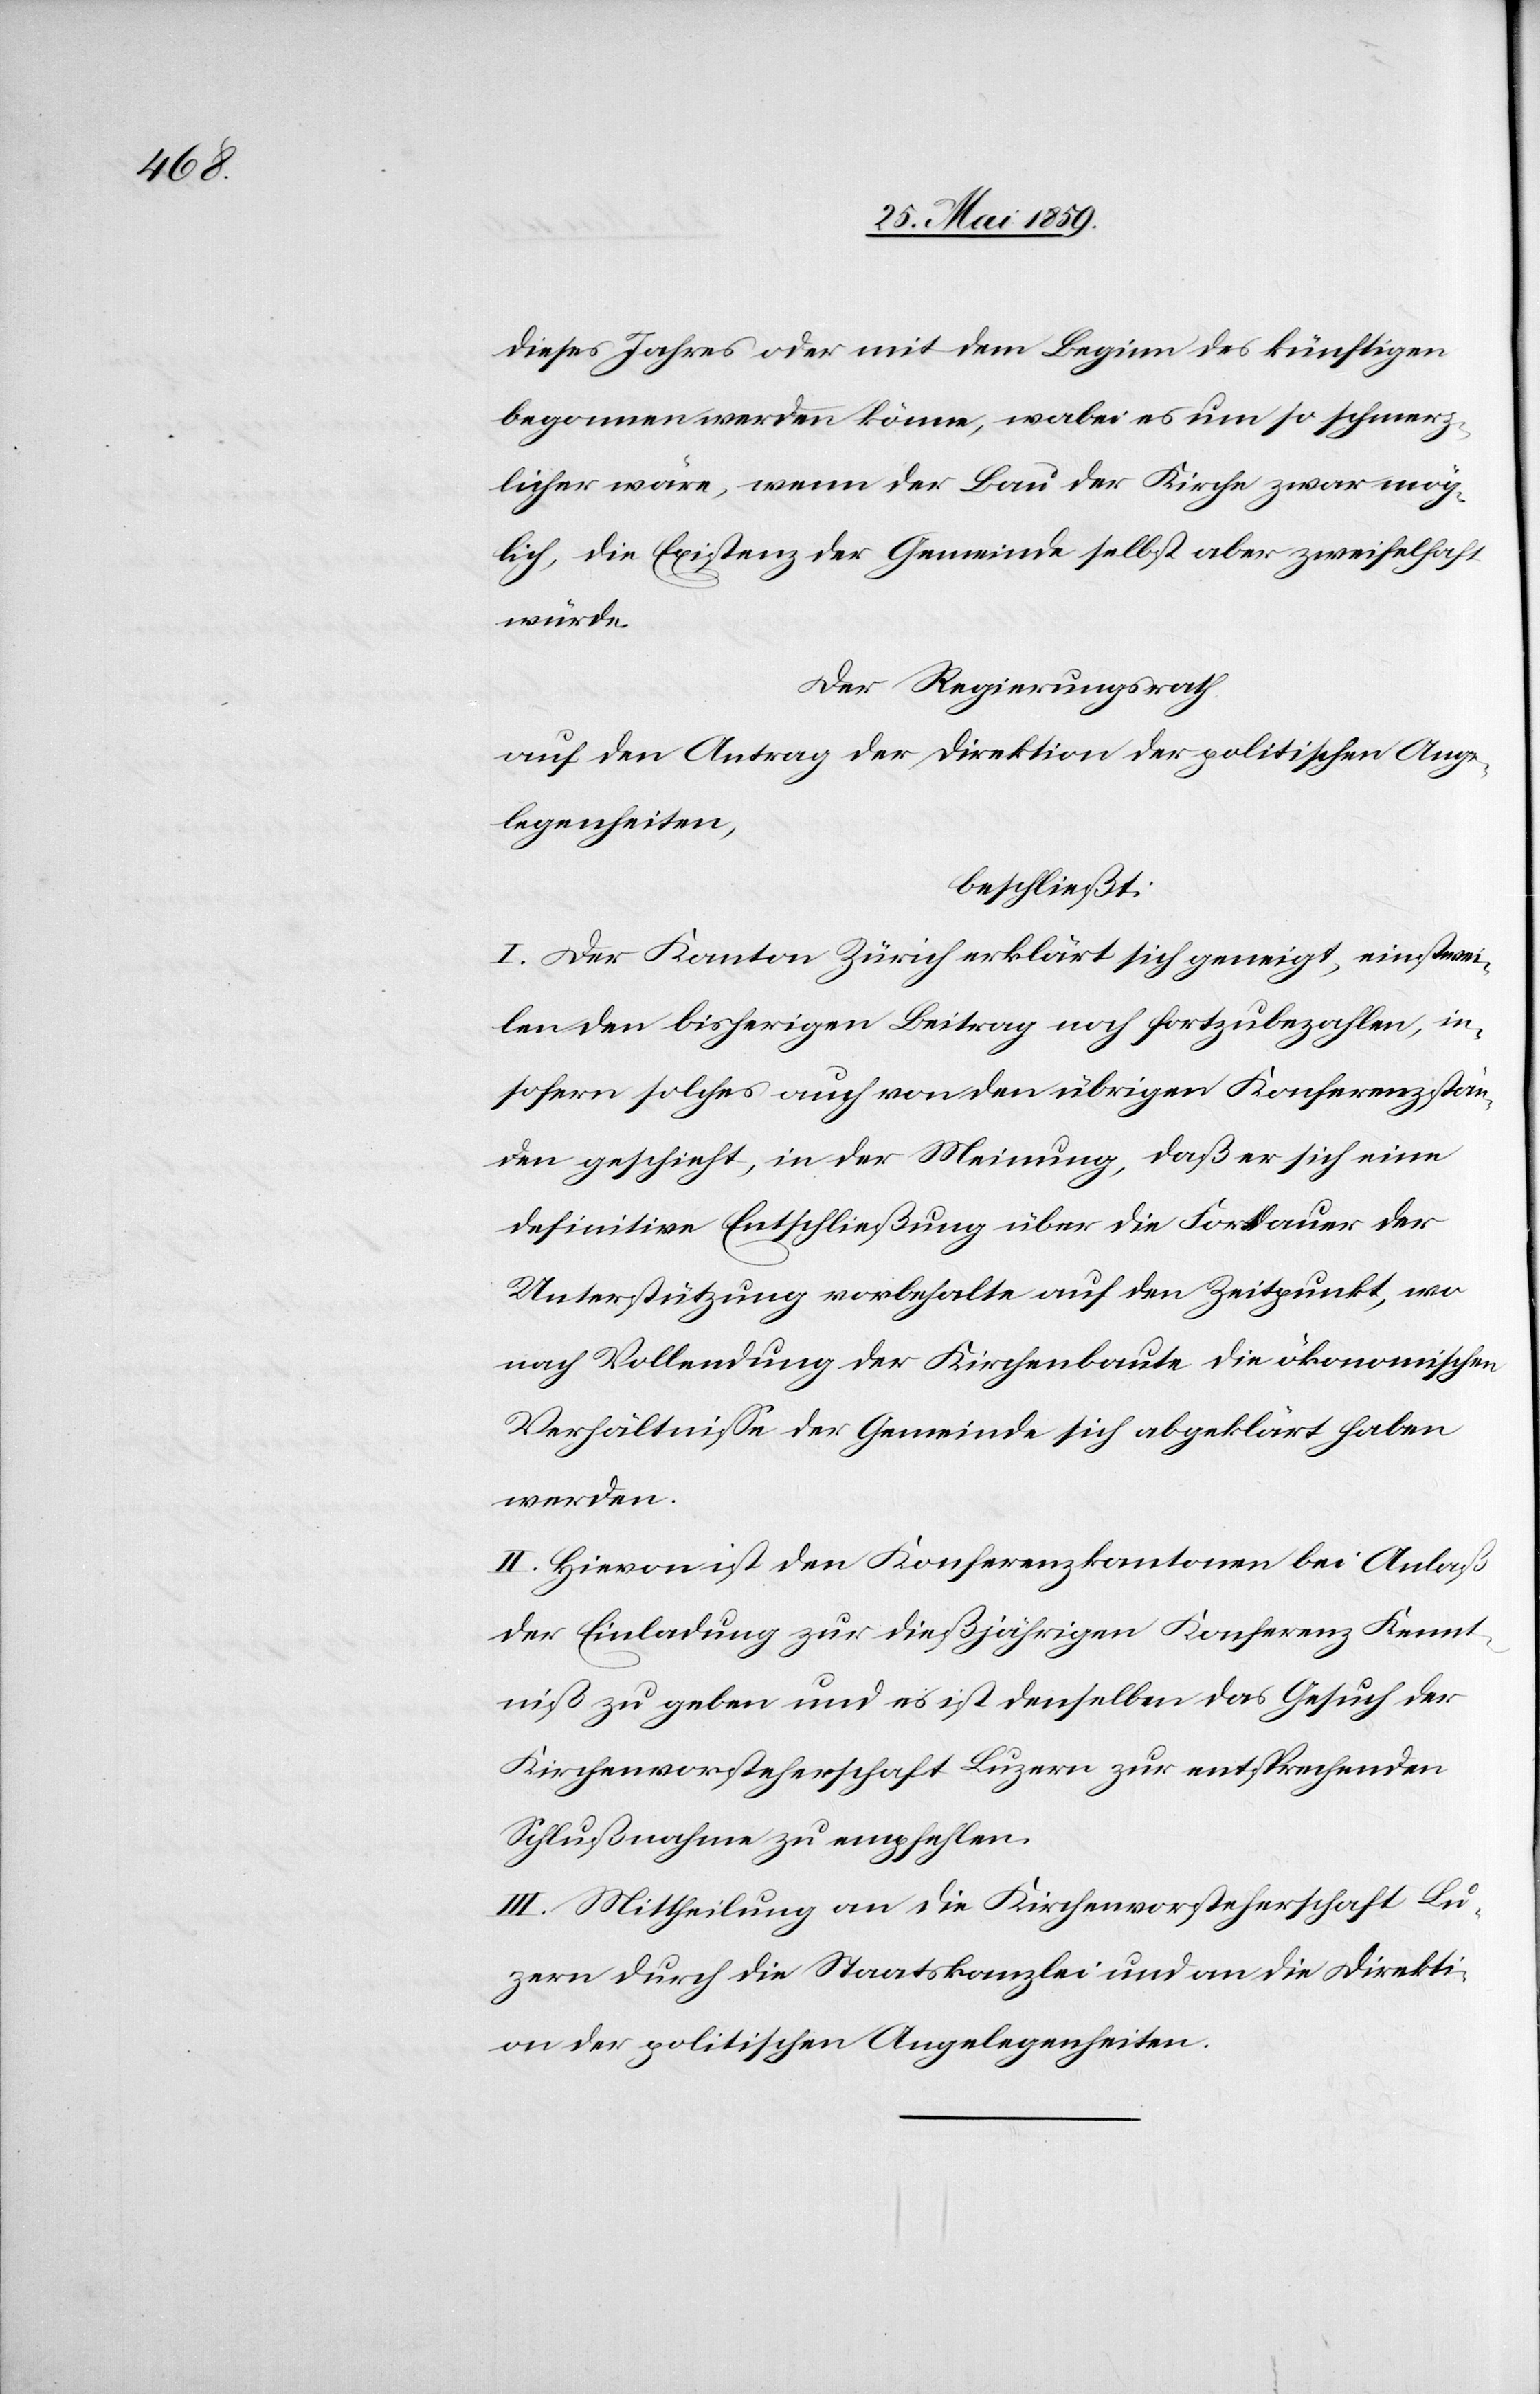
dieses Jahres oder mit dem Beginn des künftigen
begonnen werden könne, wobei es um so schmerz¬
licher wäre, wenn der Bau der Kirche zwar mög¬
lich, die Existenz der Gemeinde selbst aber zweifelhaft
würde.
Der Regierungsrath
auf den Antrag der Direktion der politischen Ange¬
legenheiten,
beschließt:
I. Der Kanton Zürich erklärt sich geneigt, einstwei¬
len den bisherigen Beitrag noch fortzubezahlen, in¬
sofern solches auch von den übrigen Konferenzstän¬
den geschieht, in der Meinung, daß er sich eine
definitive Entschließung über die Fortdauer der
Unterstützung vorbehalte auf den Zeitpunkt, wo
nach Vollendung der Kirchenbaute die ökonomischen
Verhältnisse der Gemeinde sich abgeklärt haben
werden.
II. Hievon ist den Konferenzkantonen bei Anlaß
der Einladung zur dießjährigen Konferenz Kennt¬
niß zu geben und es ist denselben das Gesuch der
Kirchenvorsteherschaft Luzern zur entsprechenden
Schlußnahme zu empfehlen.
III. Mittheilung an die Kirchenvorsteherschaft Lu¬
zern durch die Staatskanzlei und an die Direkti¬
on der politischen Angelegenheiten.